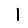
Digit: 1